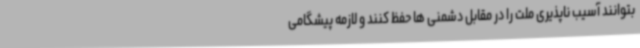
بتوانند آسیب ناپذیری ملت را در مقابل دشمنی ها حفظ کنند و لازمه پیشگامی